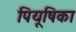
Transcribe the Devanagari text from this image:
पियूषिका